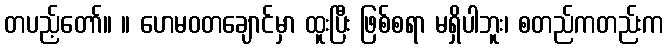
တပည့်တော်။ ။ ဟေမဝတချောင်မှာ ထူးပြီး ဖြစ်စရာ မရှိပါဘူး၊ စတည်ကတည်းက